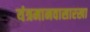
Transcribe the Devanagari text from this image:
यंत्रमानवासारखा